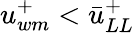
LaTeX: u_{wm}^{+}<\bar{u}_{LL}^{+}